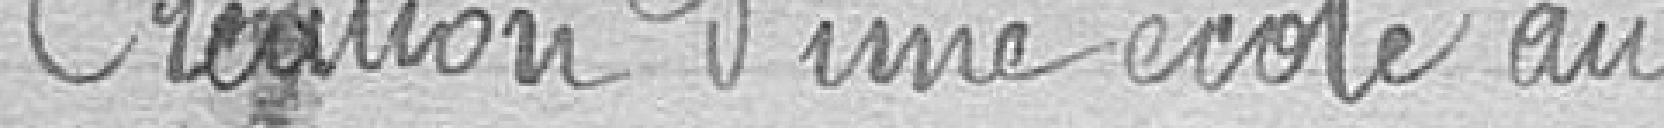
Création d'une école au